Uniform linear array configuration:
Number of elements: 4
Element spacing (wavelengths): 0.5
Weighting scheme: hamming
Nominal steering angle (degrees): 15
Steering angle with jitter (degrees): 16.299
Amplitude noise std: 0.05
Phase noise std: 0.05

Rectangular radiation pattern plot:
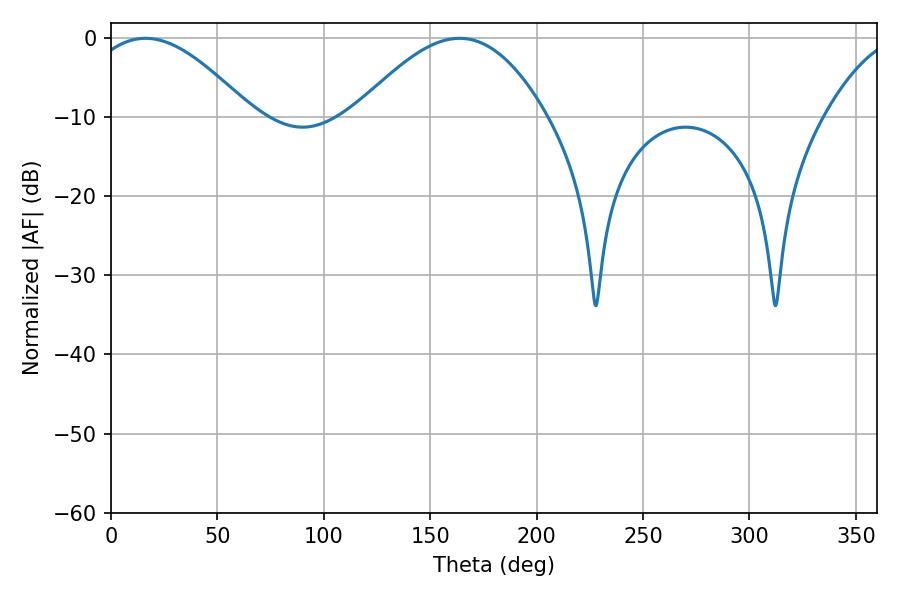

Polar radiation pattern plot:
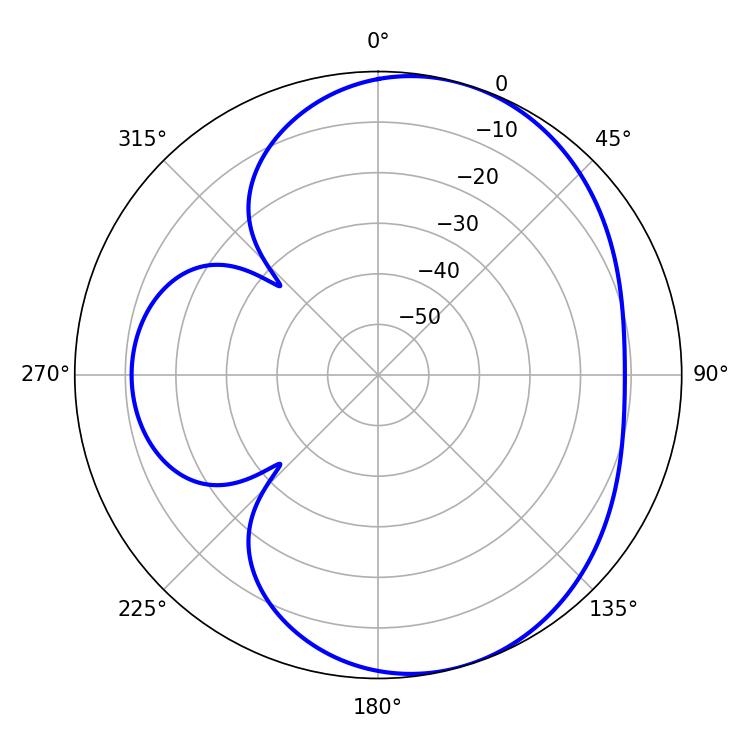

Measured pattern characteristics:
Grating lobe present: FALSE
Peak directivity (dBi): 5.54
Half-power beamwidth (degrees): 41.94
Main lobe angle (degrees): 16.2